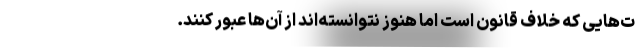
ت‌هایی که خلاف قانون است اما هنوز نتوانسته‌اند از آن‌ها عبور کنند.